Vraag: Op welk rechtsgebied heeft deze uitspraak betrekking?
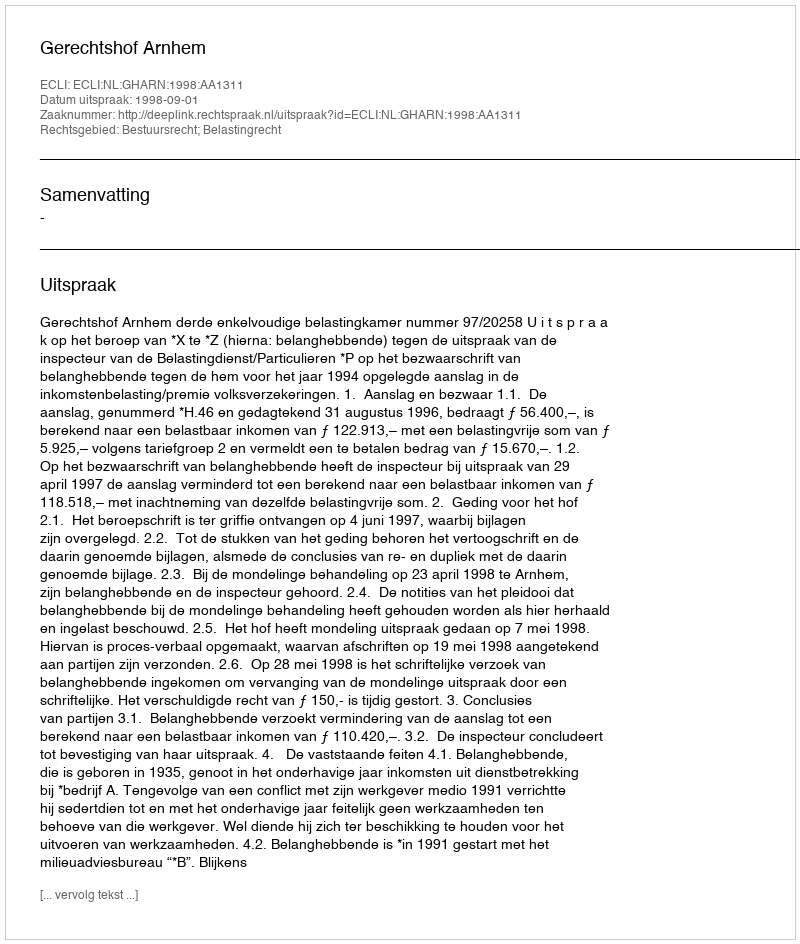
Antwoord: Bestuursrecht; Belastingrecht